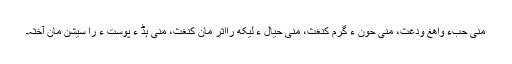
منی حبءُُ واھغ ودغث، منی حون ءَ گرم کنغث، منی حیال ءُُ لیکھ رااثر مان کنغث، منی ہڈ ءُُ پوست ءَ را سیشن مان آخثہ۔